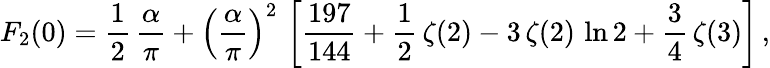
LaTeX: F_{2}(0)=\frac{1}{2}\, \frac{\alpha}{\pi}+\left(\frac{\alpha}{\pi}\right)^{2}\, \left[\frac{197}{144}+\frac{1}{2}\, \zeta(2)-3\, \zeta(2)\, \ln 2+\frac{3}{4}\, \zeta(3)\right]\, ,